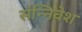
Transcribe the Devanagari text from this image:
संन्निवेश